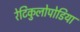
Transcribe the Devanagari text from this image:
रेटिकुलोपोडिया